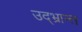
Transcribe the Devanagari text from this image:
उद्‌भ्रान्त